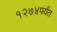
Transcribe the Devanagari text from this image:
१२७४पर्यंत